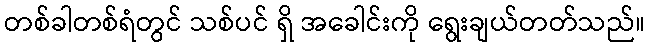
တစ်ခါတစ်ရံတွင် သစ်ပင် ရှိ အခေါင်းကို ရွေးချယ်တတ်သည်။